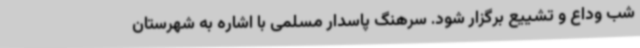
شب وداع و تشییع برگزار شود. سرهنگ پاسدار مسلمی با اشاره به شهرستان